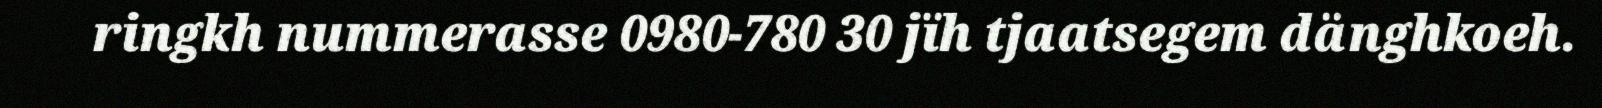
ringkh nummerasse 0980-780 30 jïh tjaatsegem dänghkoeh.